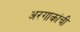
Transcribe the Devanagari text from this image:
अरगाकांची